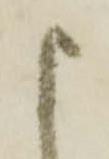
申